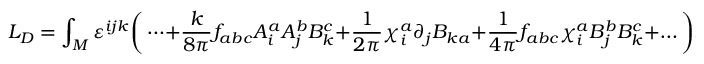
L _ { D } = \int _ { \cal M } \varepsilon ^ { i j k } \bigg ( \dots + { \frac { k } { 8 \pi } } f _ { a b c } A _ { i } ^ { a } A _ { j } ^ { b } B _ { k } ^ { c } + { \frac { 1 } { 2 \pi } } \chi _ { i } ^ { a } \partial _ { j } B _ { k a } + { \frac { 1 } { 4 \pi } } f _ { a b c } \chi _ { i } ^ { a } B _ { j } ^ { b } B _ { k } ^ { c } + \dots \bigg ) .